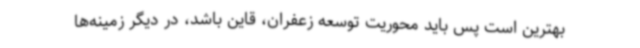
بهترین است پس باید محوریت توسعه زعفران، قاین باشد، در دیگر زمینه‌ها